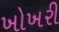
ખોખરી